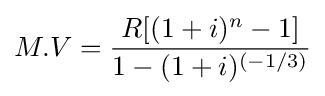
M.V={\frac {R[(1+i)^{n}-1]}{1-(1+i)^{(-1/3)}}}